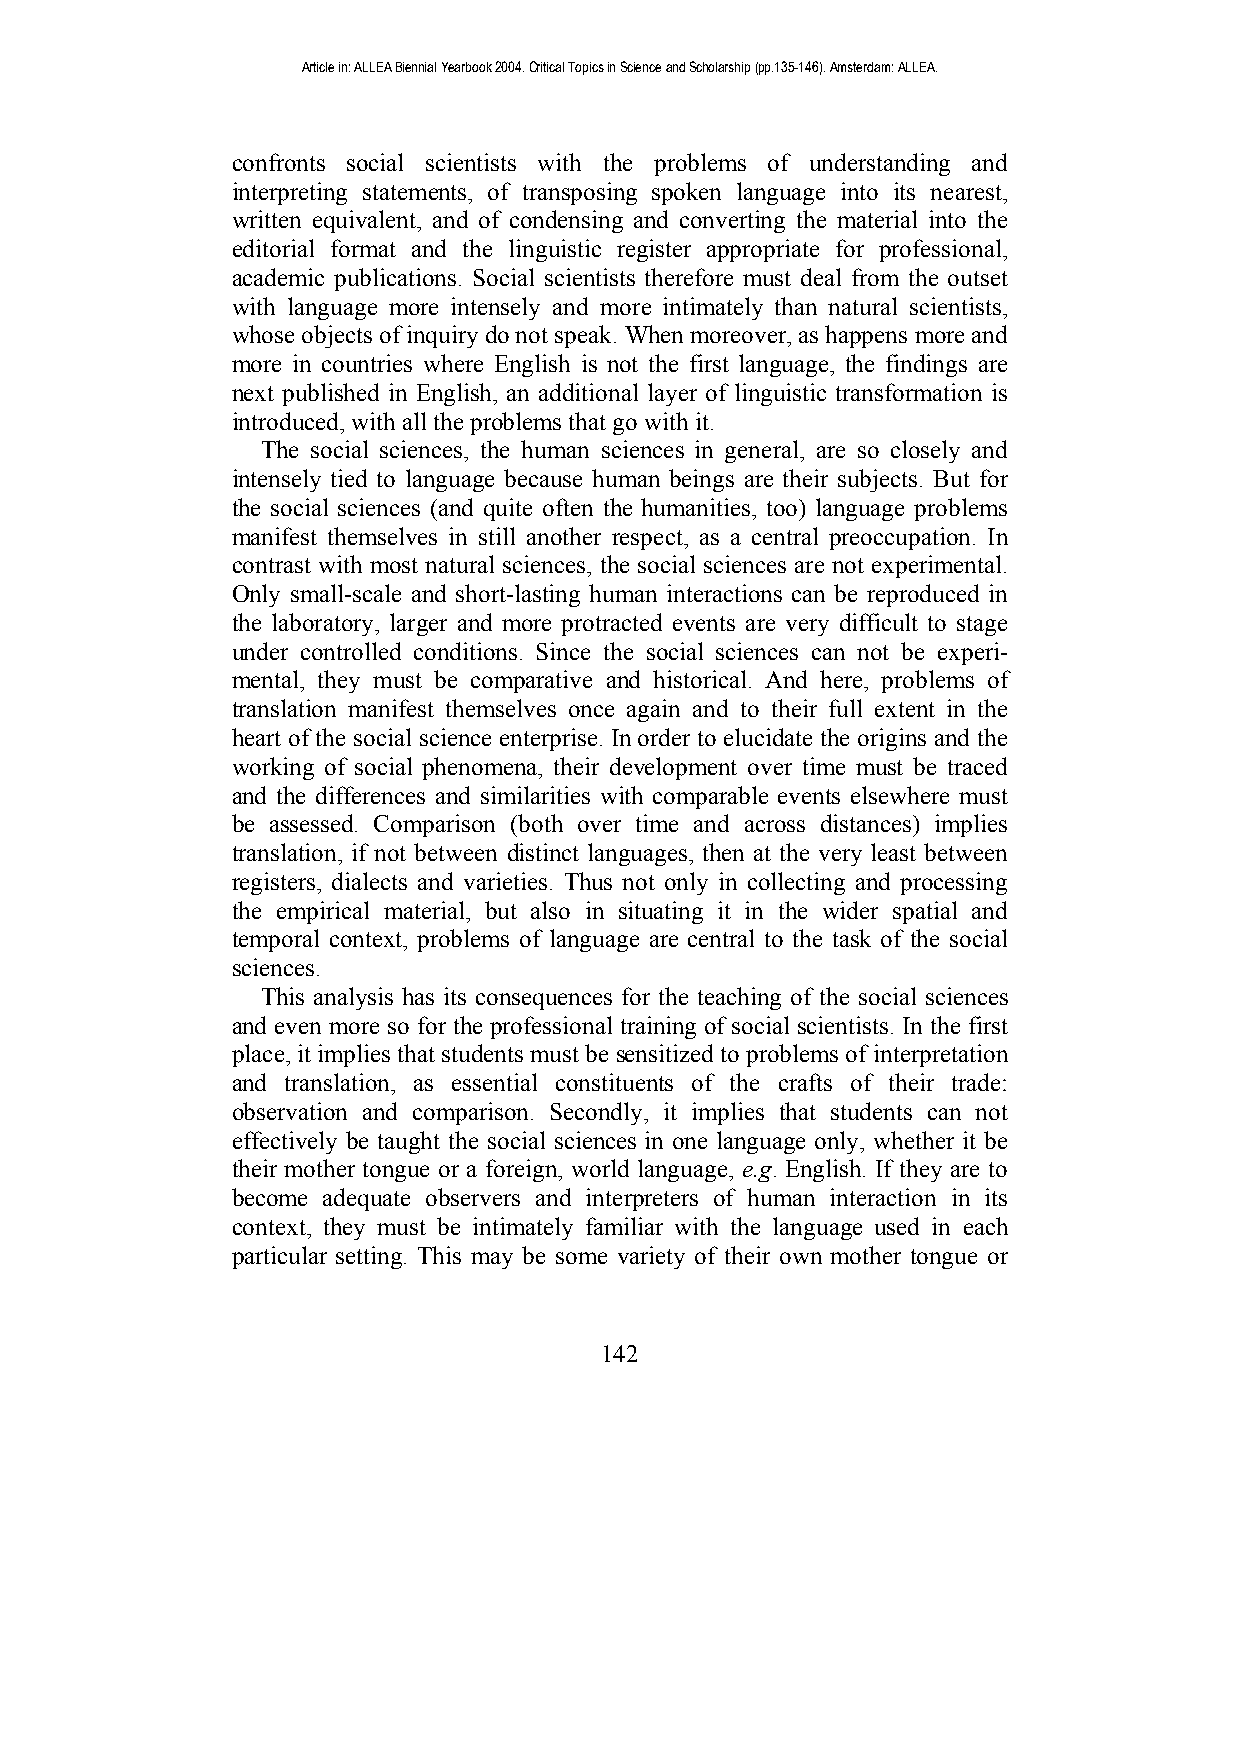
Article in: ALLEA Biennial Yearbook 2004. Critical Topics in Science and Scholarship (pp.135-146). Amsterdam: ALLEA.
 confronts social scientists with the problems of understanding and
 interpreting statements, of transposing spoken language into its nearest,
 written equivalent, and of condensing and converting the material into the
 editorial format and the linguistic register appropriate for professional,
 academic publications. Social scientists therefore must deal from the outset
 with language more intensely and more intimately than natural scientists,
 whose objects of inquiry do not speak. When moreover, as happens more and
 more in countries where English is not the first language, the findings are
 next published in English, an additional layer of linguistic transformation is
 introduced, with all the problems that go with it.
 The social sciences, the human sciences in general, are so closely and
 intensely tied to language because human beings are their subjects. But for
 the social sciences (and quite often the humanities, too) language problems
 manifest themselves in still another respect, as a central preoccupation. In
 contrast with most natural sciences, the social sciences are not experimental.
 Only small-scale and short-lasting human interactions can be reproduced in
 the laboratory, larger and more protracted events are very difficult to stage
 under controlled conditions. Since the social sciences can not be experi-
 mental, they must be comparative and historical. And here, problems of
 translation manifest themselves once again and to their full extent in the
 heart of the social science enterprise. In order to elucidate the origins and the
 working of social phenomena, their development over time must be traced
 and the differences and similarities with comparable events elsewhere must
 be assessed. Comparison (both over time and across distances) implies
 translation, if not between distinct languages, then at the very least between
 registers, dialects and varieties. Thus not only in collecting and processing
 the empirical material, but also in situating it in the wider spatial and
 temporal context, problems of language are central to the task of the social
 sciences.
 This analysis has its consequences for the teaching of the social sciences
 and even more so for the professional training of social scientists. In the first
 place, it implies that students must be sensitized to problems of interpretation
 and translation, as essential constituents of the crafts of their trade:
 observation and comparison. Secondly, it implies that students can not
 effectively be taught the social sciences in one language only, whether it be
 their mother tongue or a foreign, world language, e.g. English. If they are to
 become adequate observers and interpreters of human interaction in its
 context, they must be intimately familiar with the language used in each
 particular setting. This may be some variety of their own mother tongue or
 142